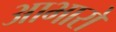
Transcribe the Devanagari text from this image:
आभारों